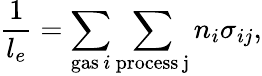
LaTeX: \frac{1}{l_{e}}=\sum_{\mathrm{gas}\, i}\sum_{\mathrm{process\, j}}n_{i}\sigma_{ij},